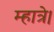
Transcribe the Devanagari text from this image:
म्हात्रे।